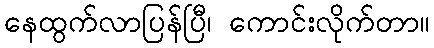
နေထွက်လာပြန်ပြီ၊ ကောင်းလိုက်တာ။